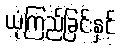
ယုံကြည်ခြင်းနှင့်